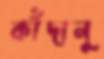
কাঁদানু